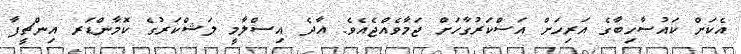
އެކަށް ކައުސާހިބާގެ އަރިހަށް އަސްކަރުގާހަށް ޖަމާވެއްޖެއެވެ. އާދެ އިސްލާމީ ލަޝްކަރުގެ ކޮމާންޑަރ އިންޗީފާ